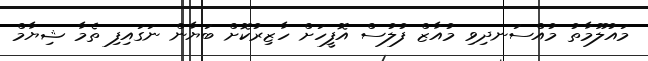
މައުލޫމާތު މުއްސަނދިވި މުއާޒް ފުލުސް އޮފީހަށް ހާޒިރުކޮށް ބަޔާން ނަގައިފި ތެމާ ޝިޔާމް